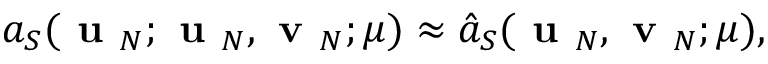
a _ { S } ( \textbf { u } _ { N } ; \textbf { u } _ { N } , \textbf { v } _ { N } ; \mu ) \approx \hat { a } _ { S } ( \textbf { u } _ { N } , \textbf { v } _ { N } ; \mu ) ,